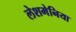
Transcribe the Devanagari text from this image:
लेशमेनिया